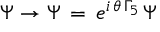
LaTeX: \Psi \rightarrow \Psi \, = \, e ^ { i \, \theta \, \Gamma _ { 5 } } \, \Psi